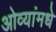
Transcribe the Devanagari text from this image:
ओव्यांमधे